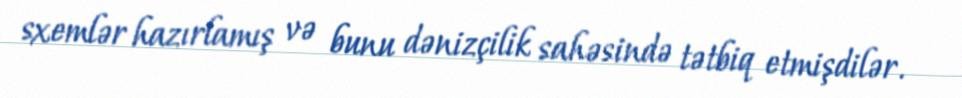
sxemlər hazırlamış və bunu dənizçilik sahəsində tətbiq etmişdilər.